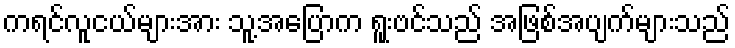
ကရင်လူငယ်များအား သူ့အပြောက ရူးဗင်သည် အဖြစ်အပျက်များသည်